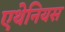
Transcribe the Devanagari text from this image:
एथेनियस